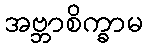
အဗ္ဘာစိက္ခာမ